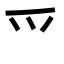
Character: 爫